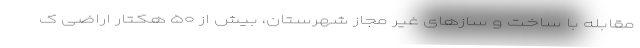
مقابله با ساخت و سازهای غیر مجاز شهرستان، بیش از ۵۰ هکتار اراضی ک